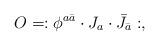
LaTeX: \begin{align*}O=:\phi^{a\bar a}\cdot J_a\cdot\bar J_{\bar a}:,\end{align*}